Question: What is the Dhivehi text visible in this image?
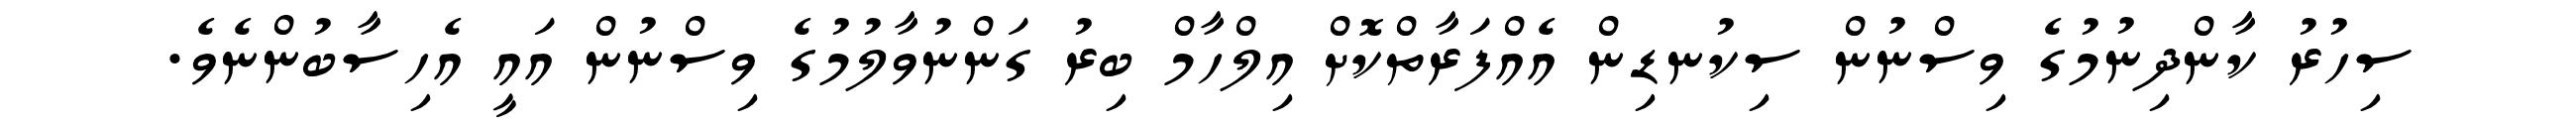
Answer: ސިހުރު ކާންދިނުމުގެ ވިސްނުން ސިކުނޑިން އެއްފަރާތްކޮށް އިލްހާމް ބިރު ގަންނުވާލުމުގެ ވިސްނުން އައީ އެހިސާބުންނެވެ.